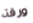
ورقة